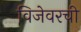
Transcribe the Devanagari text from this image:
विजेवरची